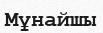
Мұнайшы